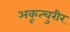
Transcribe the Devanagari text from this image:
अकूत्चुरीर